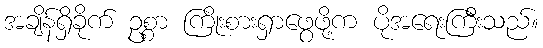
အချိန်ရှိခိုက် ဥစ္စာ ကြိုးစားရှာဖွေဖို့က ပိုအရေးကြီးသည်။